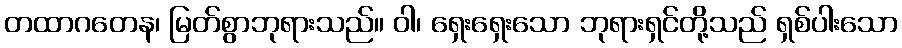
တထာဂတေန၊ မြတ်စွာဘုရားသည်။ ဝါ၊ ရှေးရှေးသော ဘုရားရှင်တို့သည် ရှစ်ပါးသော